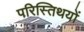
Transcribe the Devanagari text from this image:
परिस्तिथयों